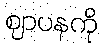
ဈာပနကို